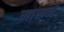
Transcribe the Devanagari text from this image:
मारूने